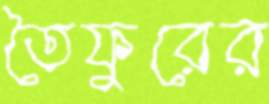
তৈফুরের